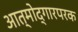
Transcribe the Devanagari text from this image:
आत्मोद्गारपरक